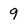
Character: 9